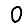
Digit: 0